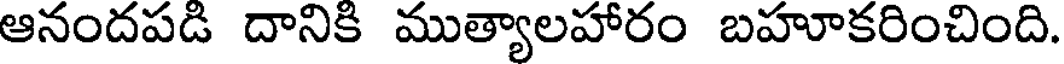
ఆనందపడి దానికి ముత్యాలహారం బహూకరించింది.